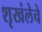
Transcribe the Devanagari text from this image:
शृखंलेचे